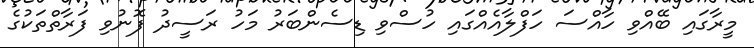
މީރާގައި ބޭއްވި ހާއްސަ ހަފްލާއެއްގައި ހުސްވި ޑިސެންބަރު މަހު ރަސީދު ފޮނުވި ފަރާތްތަކުގެ